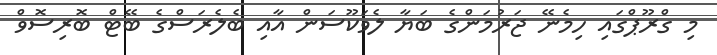
މި ގްރޫޕްގައި ހިމެނޭ ޖަރުމަންގެ ބަޔާ ލެވަކޫސަން އާއި ބެލެރަސްގެ ބޭޓް ބޮރިސޮވް